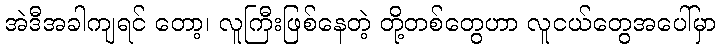
အဲဒီအခါကျရင် တော့၊ လူကြီးဖြစ်နေတဲ့ တို့တစ်တွေဟာ လူငယ်တွေအပေါ်မှာ